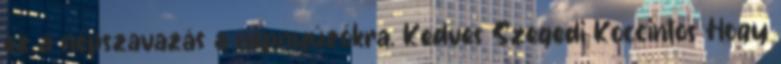
ez a népszavazás a népnyúzókra. Kedves Szegedi Koccintos Hogy